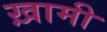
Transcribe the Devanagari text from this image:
ख़ामी